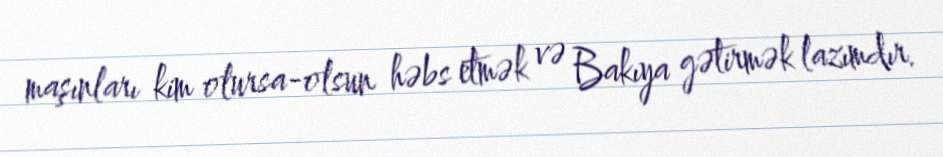
maşınları kim olursa-olsun həbs etmək və Bakıya gətirmək lazımdır.